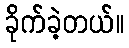
ခိုက်ခဲ့တယ်။